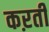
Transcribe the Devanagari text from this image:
कऱती